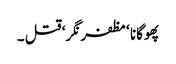
پھوگانا ‘ مظفر نگر‘ قتل ۔